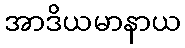
အာဒိယမာနာယ